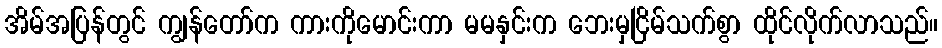
အိမ်အပြန်တွင် ကျွန်တော်က ကားကိုမောင်းကာ မမနှင်းက ဘေးမှငြိမ်သက်စွာ ထိုင်လိုက်လာသည်။